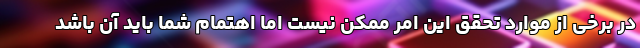
در برخی از موارد تحقق این امر ممکن نیست اما اهتمام شما باید آن باشد